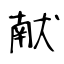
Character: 献